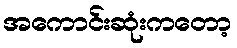
အကောင်းဆုံးကတော့